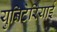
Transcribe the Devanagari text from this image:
युनिटेरियाई